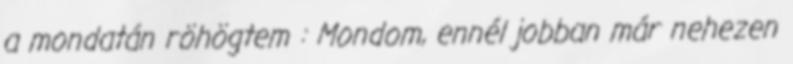
a mondatán röhögtem : Mondom, ennél jobban már nehezen